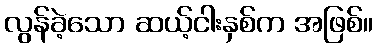
လွန်ခဲ့သော ဆယ့်ငါးနှစ်က အဖြစ်။